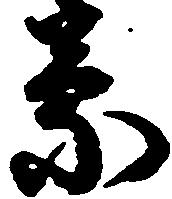
蒙